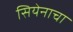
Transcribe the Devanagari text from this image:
सियेनाचा